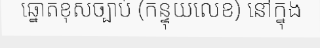
ឆ្នោតខុសច្បាប់ (កន្ទុយលេខ) នៅក្នុង